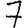
Digit: 7